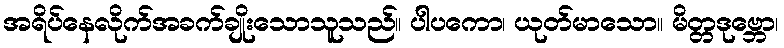
အရိပ်နေလိုက်အခက်ချိုးသောသူသည်။ ပါပကော၊ ယုတ်မာသော။ မိတ္တဒုဗ္ဘော၊